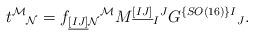
LaTeX: \begin{align*}t^{\mathcal M}{}_{\mathcal N} = f_{\underline{[IJ]}\mathcal{N}}{}^{\mathcal{M}} M^{\underline{[IJ]}}{}_{I}{}^{J}G^{\{SO(16)\}I}{}_{J}.\end{align*}